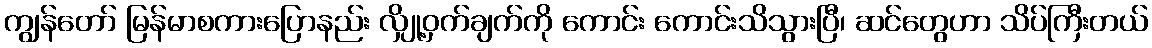
ကျွန်တော် မြန်မာစကားပြောနည်း လျှို့ဝှက်ချက်ကို ကောင်း ကောင်းသိသွားပြီ၊ ဆင်တွေဟာ သိပ်ကြီးတယ်